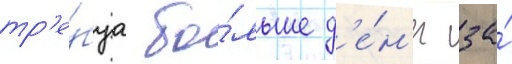
тр'е́буа бо́льше д'е́н'ег за́